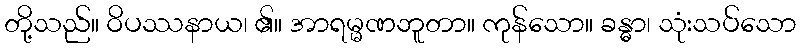
တို့သည်။ ဝိပဿနာယ၊ ၏။ အာရမ္မဏဘူတာ။ ကုန်သော။ ခန္ဓာ၊ သုံးသပ်သော